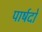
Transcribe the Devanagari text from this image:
पार्षदो